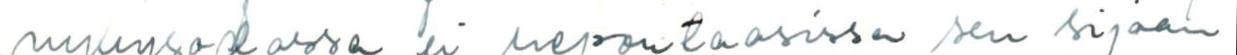
nykysodassa ei reportaasissa sen sijaan